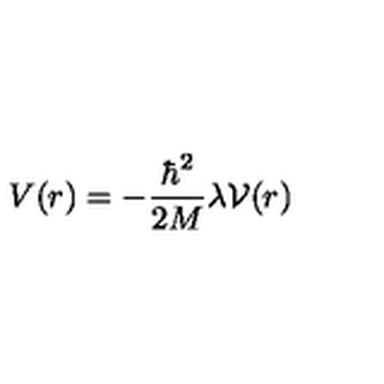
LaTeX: V ( r ) = - \frac { \hbar ^ { 2 } } { 2 M } \lambda { \mathcal V } ( r )